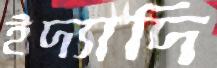
ইদ্যাদি